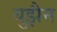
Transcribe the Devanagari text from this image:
युझैन